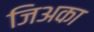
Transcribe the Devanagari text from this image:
जिअका